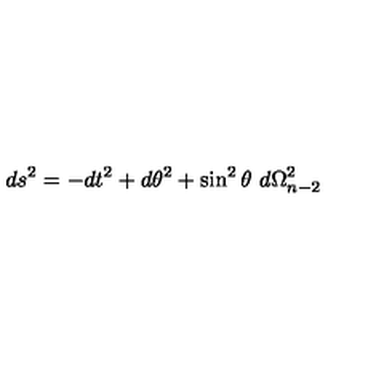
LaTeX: d s ^ { 2 } = - d t ^ { 2 } + d \theta ^ { 2 } + \sin ^ { 2 } \theta \ d \Omega _ { n - 2 } ^ { 2 }